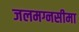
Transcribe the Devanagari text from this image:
जलमग्नसीमा